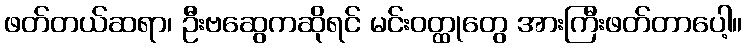
ဖတ်တယ်ဆရာ၊ ဦးဗဆွေကဆိုရင် မင်းဝတ္ထုတွေ အားကြီးဖတ်တာပေါ့။